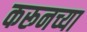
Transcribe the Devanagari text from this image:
करूनच्या